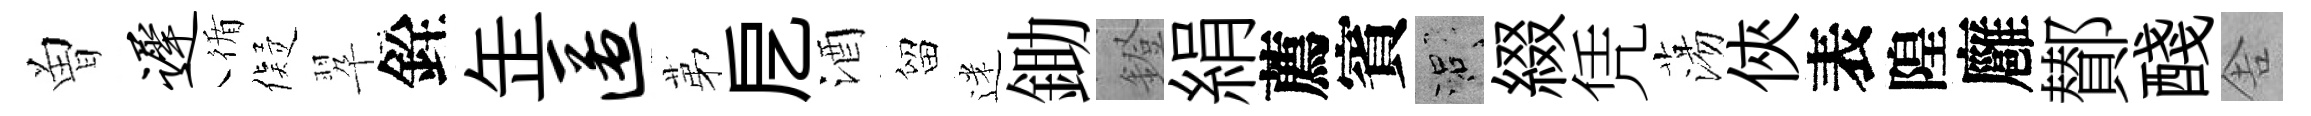
曽迟循儗翆銓𦈢匿苐戹酒留迷鋤鐙絹薦賓口綴凭蕩俠表隍廱鄼醆舎